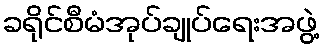
ခရိုင်စီမံအုပ်ချုပ်ရေးအဖွဲ့